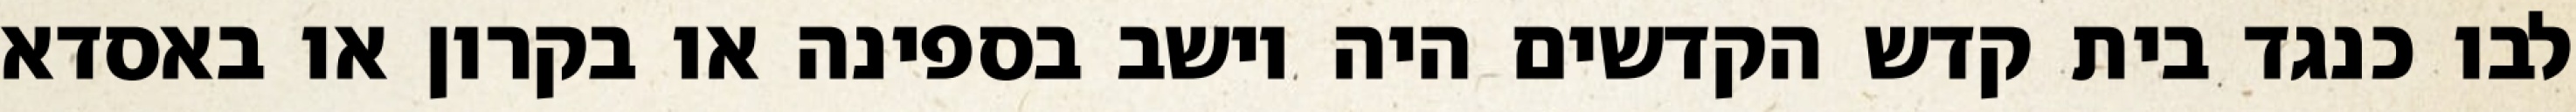
לבו כנגד בית קדש הקדשים היה יושב בספינה או בקרון או באסדא